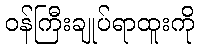
ဝန်ကြီးချုပ်ရာထူးကို